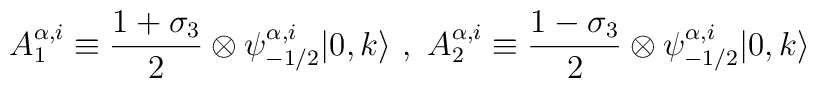
A_{1}^{\alpha,i} \equiv \frac{1 + \sigma_3}{2} \otimes\psi^{\alpha,i}_{-1/2} |0,k \rangle~,~ A_{2}^{\alpha,i} \equiv \frac{1- \sigma_3}{2} \otimes \psi^{\alpha,i}_{-1/2} |0,k \rangle